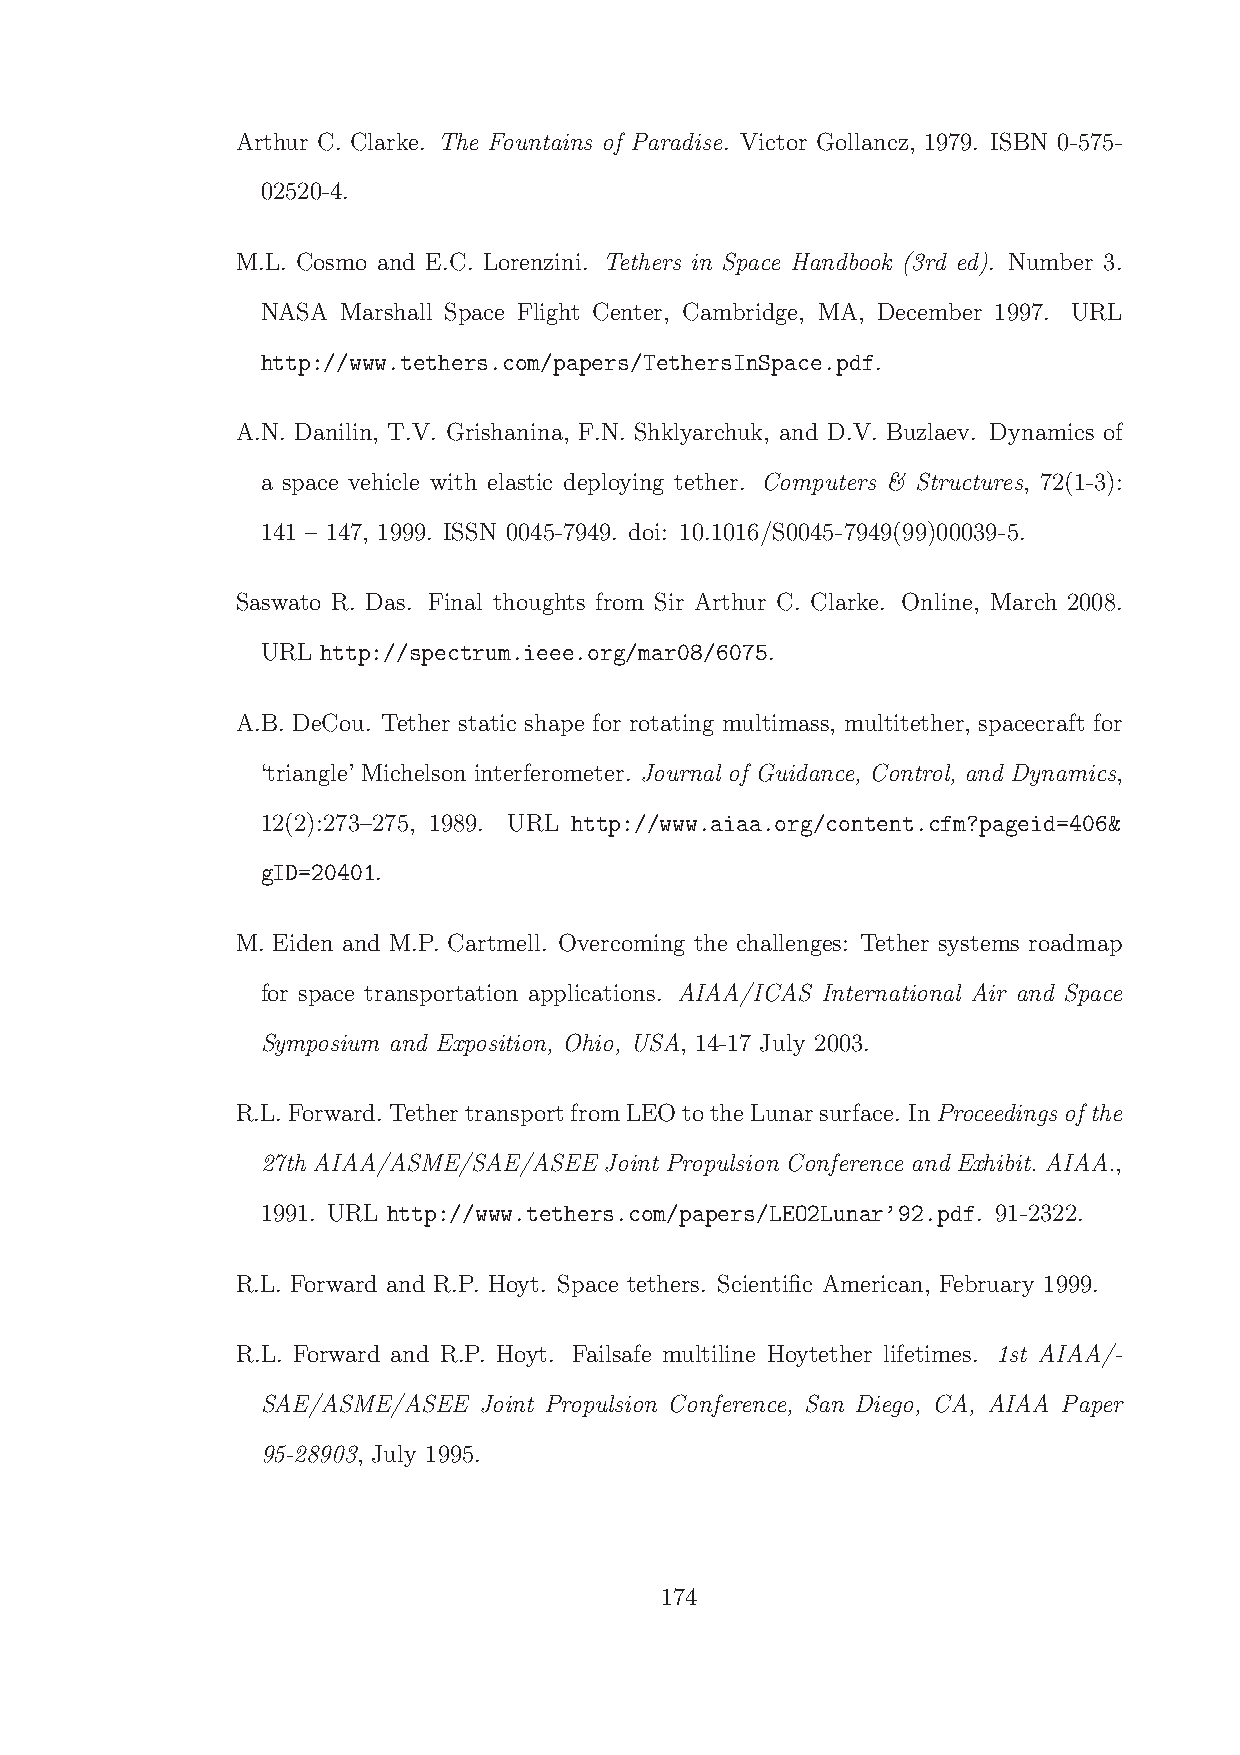
Arthur C. Clarke. The Fountains of Paradise. Victor Gollancz, 1979. ISBN 0-575-
 02520-4.
 M.L. Cosmo and E.C. Lorenzini. Tethers in Space Handbook (3rd ed). Number 3.
 NASA  Marshall Space Flight Center, Cambridge, MA, December 1997. URL
 http://www.tethers.com/papers/TethersInSpace.pdf.
 A.N. Danilin, T.V. Grishanina, F.N. Shklyarchuk, and D.V. Buzlaev. Dynamics of
 a space vehicle with elastic deploying tether. Computers & Structures, 72(1-3):
 141 – 147, 1999. ISSN 0045-7949. doi: 10.1016/S0045-7949(99)00039-5.
 Saswato R. Das. Final thoughts from Sir Arthur C. Clarke. Online, March 2008.
 URL http://spectrum.ieee.org/mar08/6075.
 A.B. DeCou. Tether static shape for rotating multimass, multitether, spacecraft for
 ‘triangle’ Michelson interferometer. Journal of Guidance, Control, and Dynamics,
 12(2):273–275, 1989. URL http://www.aiaa.org/content.cfm?pageid=406&
 gID=20401.
 M. Eiden and M.P. Cartmell. Overcoming the challenges: Tether systems roadmap
 for space transportation applications. AIAA/ICAS International Air and Space
 Symposium and Exposition, Ohio, USA, 14-17 July 2003.
 R.L.Forward. TethertransportfromLEOtotheLunarsurface. InProceedings of the
 27th AIAA/ASME/SAE/ASEE Joint Propulsion Conference and Exhibit. AIAA.,
 1991. URL http://www.tethers.com/papers/LEO2Lunar’92.pdf. 91-2322.
 R.L. Forward and R.P. Hoyt. Space tethers. Scientific American, February 1999.
 R.L. Forward and R.P. Hoyt. Failsafe multiline Hoytether lifetimes. 1st AIAA/-
 SAE/ASME/ASEE  Joint Propulsion Conference, San Diego, CA, AIAA Paper
 95-28903, July 1995.
 174